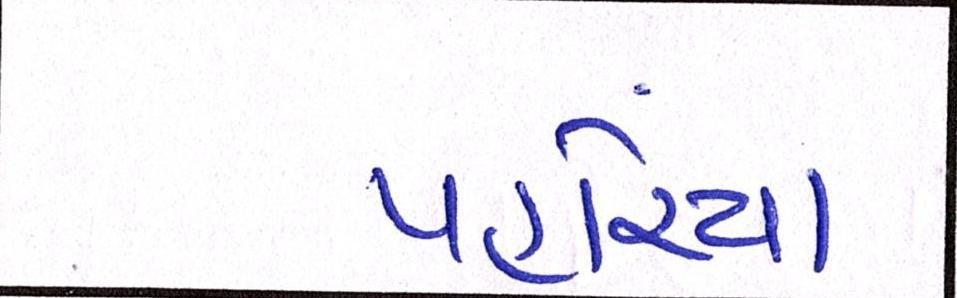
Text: પહોંચ્યો